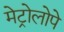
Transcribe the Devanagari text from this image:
मेट्रोलोपे